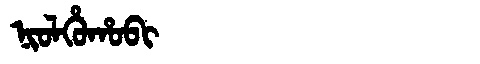
Manchu: ᠨᡳᠣᠯᡥᡠᡥᠣᠪᡳ
Romanization: NIOLHUHOBI